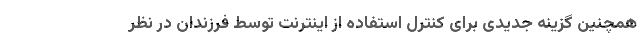
همچنین گزینه جدیدی برای کنترل استفاده از اینترنت توسط فرزندان در نظر